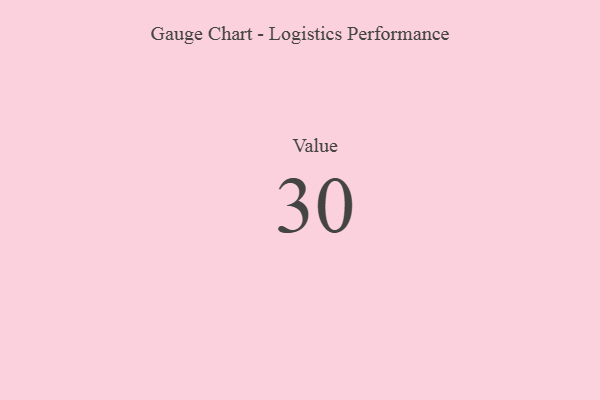
{"axis": {"x": "Metric", "y": "Value"}, "legend": [""], "data": [{"x": "Value", "y": 30, "type": ""}]}